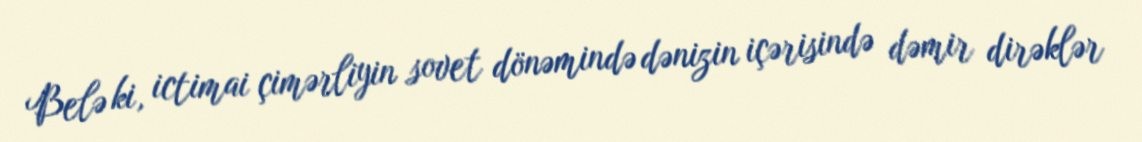
Belə ki, ictimai çimərliyin sovet dönəmində dənizin içərisində dəmir dirəklər